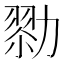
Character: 𠢜